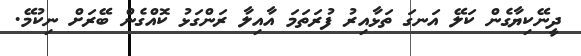
ދީނޭކިޔާގެން ކަލޭ އަނގަ ތަޅާއިރު ފުރަތަމަ އާއިލާ ރަންގަޅު ކޮއްގެން ބޭރަށް ނިކުމޭ.